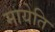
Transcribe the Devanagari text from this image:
मायेति